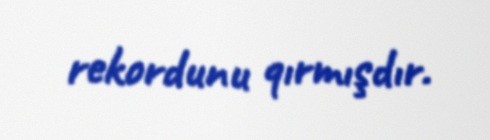
rekordunu qırmışdır.